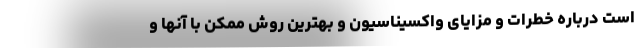
است درباره خطرات و مزایای واکسیناسیون و بهترین روش ممکن با آنها و